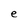
Character: e